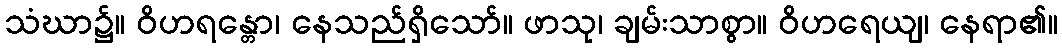
သံဃာ၌။ ဝိဟရန္တော၊ နေသည်ရှိသော်။ ဖာသု၊ ချမ်းသာစွာ။ ဝိဟရေယျ၊ နေရာ၏။